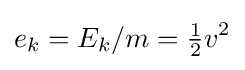
e_{k}=E_{k}/m={\tfrac {1}{2}}v^{2}